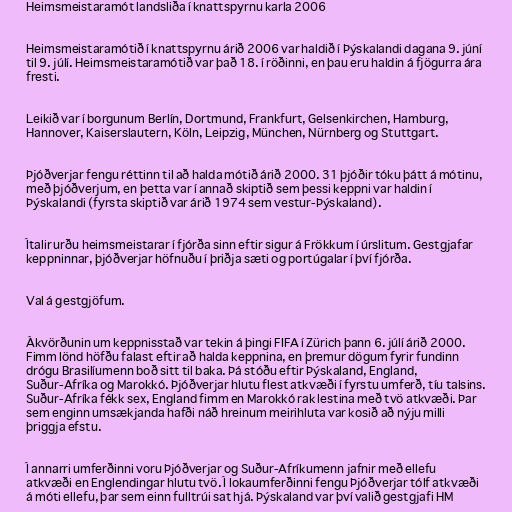
Heimsmeistaramót landsliða í knattspyrnu karla 2006

Heimsmeistaramótið í knattspyrnu árið 2006 var haldið í Þýskalandi dagana 9. júní
til 9. júlí. Heimsmeistaramótið var það 18. í röðinni, en þau eru haldin á fjögurra ára
fresti.

Leikið var í borgunum Berlín, Dortmund, Frankfurt, Gelsenkirchen, Hamburg,
Hannover, Kaiserslautern, Köln, Leipzig, München, Nürnberg og Stuttgart.

Þjóðverjar fengu réttinn til að halda mótið árið 2000. 31 þjóðir tóku þátt á mótinu,
með þjóðverjum, en þetta var í annað skiptið sem þessi keppni var haldin í
Þýskalandi (fyrsta skiptið var árið 1974 sem vestur-Þýskaland).

Ítalir urðu heimsmeistarar í fjórða sinn eftir sigur á Frökkum í úrslitum. Gestgjafar
keppninnar, þjóðverjar höfnuðu í þriðja sæti og portúgalar í því fjórða.

Val á gestgjöfum.

Ákvörðunin um keppnisstað var tekin á þingi FIFA í Zürich þann 6. júlí árið 2000.
Fimm lönd höfðu falast eftir að halda keppnina, en þremur dögum fyrir fundinn
drógu Brasilíumenn boð sitt til baka. Þá stóðu eftir Þýskaland, England,
Suður-Afríka og Marokkó. Þjóðverjar hlutu flest atkvæði í fyrstu umferð, tíu talsins.
Suður-Afríka fékk sex, England fimm en Marokkó rak lestina með tvö atkvæði. Þar
sem enginn umsækjanda hafði náð hreinum meirihluta var kosið að nýju milli
þriggja efstu.

Í annarri umferðinni voru Þjóðverjar og Suður-Afríkumenn jafnir með ellefu
atkvæði en Englendingar hlutu tvö. Í lokaumferðinni fengu Þjóðverjar tólf atkvæði
á móti ellefu, þar sem einn fulltrúi sat hjá. Þýskaland var því valið gestgjafi HM